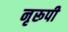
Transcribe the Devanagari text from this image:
नृरूपी